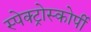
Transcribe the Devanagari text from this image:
स्‍पेक्‍ट्रोस्‍कोर्पी